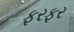
ફરફર